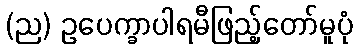
(ည) ဥပေက္ခာပါရမီဖြည့်တော်မူပုံ